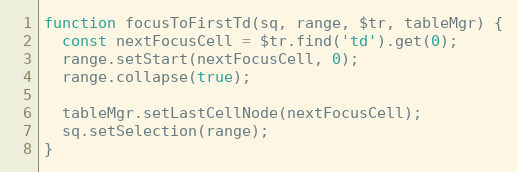
Language: JavaScript
function focusToFirstTd(sq, range, $tr, tableMgr) {
  const nextFocusCell = $tr.find('td').get(0);
  range.setStart(nextFocusCell, 0);
  range.collapse(true);

  tableMgr.setLastCellNode(nextFocusCell);
  sq.setSelection(range);
}